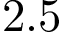
2 . 5